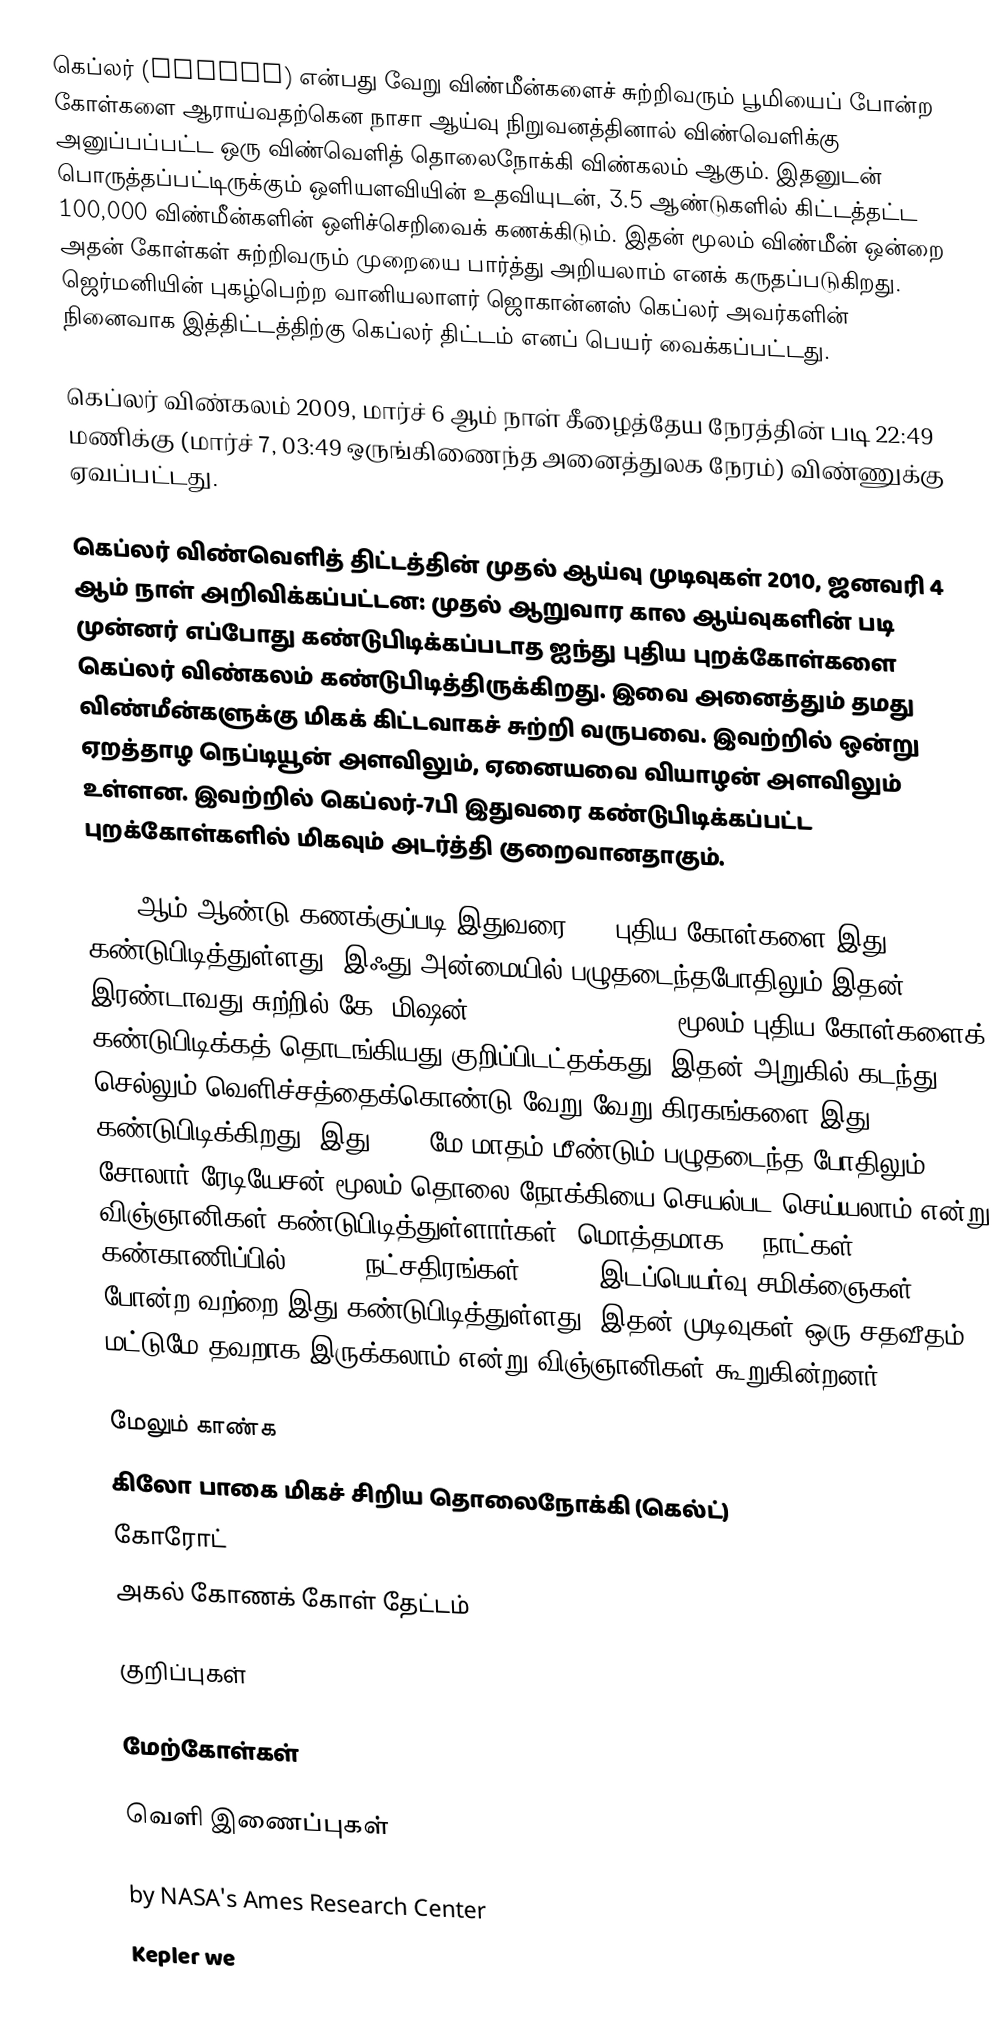
கெப்லர் (Kepler) என்பது வேறு விண்மீன்களைச் சுற்றிவரும் பூமியைப் போன்ற கோள்களை ஆராய்வதற்கென நாசா ஆய்வு நிறுவனத்தினால் விண்வெளிக்கு அனுப்பப்பட்ட ஒரு விண்வெளித் தொலைநோக்கி விண்கலம் ஆகும். இதனுடன் பொருத்தப்பட்டிருக்கும் ஒளியளவியின் உதவியுடன், 3.5 ஆண்டுகளில் கிட்டத்தட்ட 100,000 விண்மீன்களின் ஒளிச்செறிவைக் கணக்கிடும். இதன் மூலம் விண்மீன் ஒன்றை அதன் கோள்கள் சுற்றிவரும் முறையை பார்த்து அறியலாம் எனக் கருதப்படுகிறது. ஜெர்மனியின் புகழ்பெற்ற வானியலாளர் ஜொகான்னஸ் கெப்லர் அவர்களின் நினைவாக இத்திட்டத்திற்கு கெப்லர் திட்டம் எனப் பெயர் வைக்கப்பட்டது.

கெப்லர் விண்கலம் 2009, மார்ச் 6 ஆம் நாள் கீழைத்தேய நேரத்தின் படி 22:49 மணிக்கு (மார்ச் 7, 03:49 ஒருங்கிணைந்த அனைத்துலக நேரம்) விண்ணுக்கு ஏவப்பட்டது.

கெப்லர் விண்வெளித் திட்டத்தின் முதல் ஆய்வு முடிவுகள் 2010, ஜனவரி 4 ஆம் நாள் அறிவிக்கப்பட்டன: முதல் ஆறுவார கால ஆய்வுகளின் படி முன்னர் எப்போது கண்டுபிடிக்கப்படாத ஐந்து புதிய புறக்கோள்களை கெப்லர் விண்கலம் கண்டுபிடித்திருக்கிறது. இவை அனைத்தும் தமது விண்மீன்களுக்கு மிகக் கிட்டவாகச் சுற்றி வருபவை. இவற்றில் ஒன்று ஏறத்தாழ நெப்டியூன் அளவிலும், ஏனையவை வியாழன் அளவிலும் உள்ளன. இவற்றில் கெப்லர்-7பி இதுவரை கண்டுபிடிக்கப்பட்ட புறக்கோள்களில் மிகவும் அடர்த்தி குறைவானதாகும்.

2016 ஆம் ஆண்டு கணக்குப்படி இதுவரை 100 புதிய கோள்களை இது கண்டுபிடித்துள்ளது. இஃது அன்மையில் பழுதடைந்தபோதிலும் இதன் இரண்டாவது சுற்றில் கே2 மிஷன் (Second Light (K2)) மூலம் புதிய கோள்களைக் கண்டுபிடிக்கத் தொடங்கியது குறிப்பிடட்தக்கது. இதன் அறுகில் கடந்து செல்லும் வெளிச்சத்தைக்கொண்டு வேறு வேறு கிரகங்களை இது கண்டுபிடிக்கிறது. இது 2013 மே மாதம் மீண்டும் பழுதடைந்த போதிலும் சோலார் ரேடியேசன் மூலம் தொலை நோக்கியை செயல்பட செய்யலாம் என்று விஞ்ஞானிகள் கண்டுபிடித்துள்ளார்கள். மொத்தமாக 80 நாட்கள் கண்காணிப்பில் 60,000 நட்சதிரங்கள், 7,000 இடப்பெயர்வு சமிக்ஞைகள் போன்ற வற்றை இது கண்டுபிடித்துள்ளது. இதன் முடிவுகள் ஒரு சதவீதம் மட்டுமே தவறாக இருக்கலாம் என்று விஞ்ஞானிகள் கூறுகின்றனர்.

மேலும் காண்க
 கிலோ பாகை மிகச் சிறிய தொலைநோக்கி (கெல்ட்)
 கோரோட்
 அகல் கோணக் கோள் தேட்டம்

குறிப்புகள்

மேற்கோள்கள்

வெளி இணைப்புகள்

  by NASA's Ames Research Center
 Kepler we